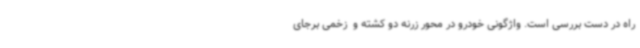
راه در دست بررسی است. واژگونی خودرو در محور زرنه دو کشته و  زخمی برجای